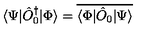
\langle \Psi | \hat { O } _ { 0 } ^ { \dagger } | \Phi \rangle = \overline { { \langle \Phi | \hat { O } _ { 0 } | \Psi \rangle } }